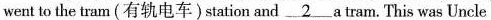
went to the tram (有轨电车)station and \underline{2} a tram. This was Uncle